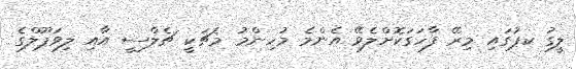
ލީގު ކޕުގައި މިރޭ ފާހަގަކޮށްލެވޭ އެންމެ މުހިންމު މެޗަކީ ޗެލްސީ އާއި ލިވަޕޫލްގެ